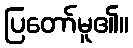
ပြတော်မူ၏။